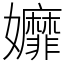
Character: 孊